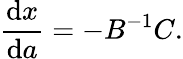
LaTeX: {\frac{{\mathrm{d}}x}{{\mathrm{d}}a}}=-B^{-1}C.